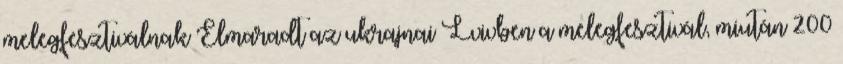
melegfesztiválnak Elmaradt az ukrajnai Lvivben a melegfesztivál, miután 200